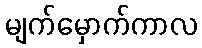
မျက်မှောက်ကာလ